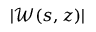
| \mathscr { W } ( s , z ) |